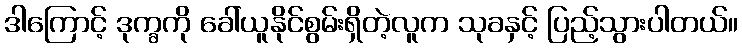
ဒါကြောင့် ဒုက္ခကို ခေါ်ယူနိုင်စွမ်းရှိတဲ့လူက သုခနှင့် ပြည့်သွားပါတယ်။